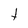
Character: t